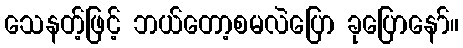
သေနတ့်ဖြင့် ဘယ်တော့စမလဲပြော ခုပြောနော်။